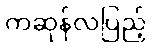
ကဆုန်လပြည့်